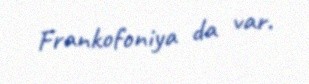
Frankofoniya da var.